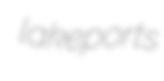
lakeports